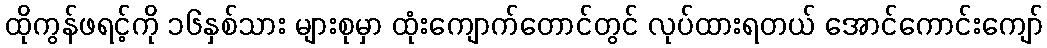
ထိုကွန်ဖရင့်ကို ၁၆နှစ်သား များစုမှာ ထုံးကျောက်တောင်တွင် လုပ်ထားရတယ် အောင်ကောင်းကျော်